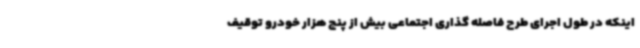
اینکه در طول اجرای طرح فاصله گذاری اجتماعی بیش از پنج هزار خودرو توقیف